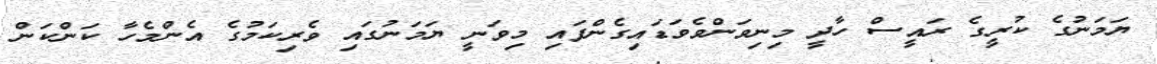
ޔަމަނުގެ ކުރީގެ ރައީސް ހާދީ މިނިވަންވެވަޑައިގެންފައި މިވަނީ ޔަމަނުގައި ވެރިކަމުގެ އެންމެހާ ކަންކަން